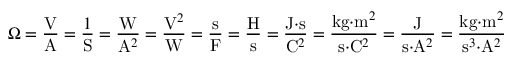
\Omega = { \frac { \mathrm { V } } { \mathrm { A } } } = { \frac { 1 } { \mathrm { S } } } = { \frac { \mathrm { W } } { { \mathrm { A } } ^ { 2 } } } = { \frac { { \mathrm { V } } ^ { 2 } } { \mathrm { W } } } = { \frac { \mathrm { s } } { \mathrm { F } } } = { \frac { \mathrm { H } } { \mathrm { s } } } = { \frac { { \mathrm { J } } { \cdot } { \mathrm { s } } } { { \mathrm { C } } ^ { 2 } } } = { \frac { { \mathrm { k g } } { \cdot } { \mathrm { m } } ^ { 2 } } { { \mathrm { s } } { \cdot } { \mathrm { C } } ^ { 2 } } } = { \frac { \mathrm { J } } { { \mathrm { s } } { \cdot } { \mathrm { A } } ^ { 2 } } } = { \frac { { \mathrm { k g } } { \cdot } { \mathrm { m } } ^ { 2 } } { { \mathrm { s } } ^ { 3 } { \cdot } { \mathrm { A } } ^ { 2 } } }